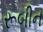
રૂબીન